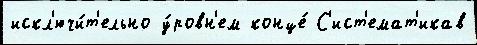
искл'ючи́т'ельно у́ровн'ем конце́ С'ист'емат'икав